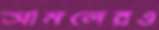
আমলেরও